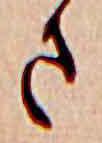
さ